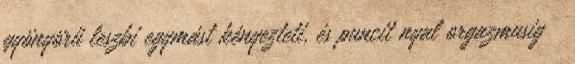
gyönyörű leszbi egymást kényezteti, és puncit nyal orgazmusig 😉